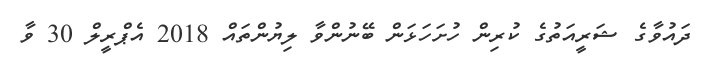
ދައުވާގެ ޝަރީއަތުގެ ކުރިން ހުށަހަޅަން ބޭނުންވާ ލިޔުންތައް 2018 އެޕްރީލް 30 ވާ